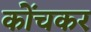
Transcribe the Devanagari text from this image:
कोंचकर